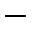
-